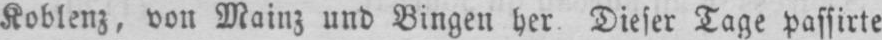
Koblenz, von Mainz und Bingen her. Dieser Tage passirte